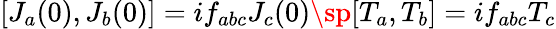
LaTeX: [J_{a}(0),J_{b}(0)]=if_{abc}J_{c}(0)\sp[T_{a},T_{b}]=if_{abc}T_{c}